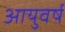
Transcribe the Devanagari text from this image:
आयुवर्ष